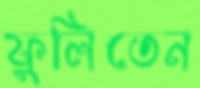
ফুলিতেন